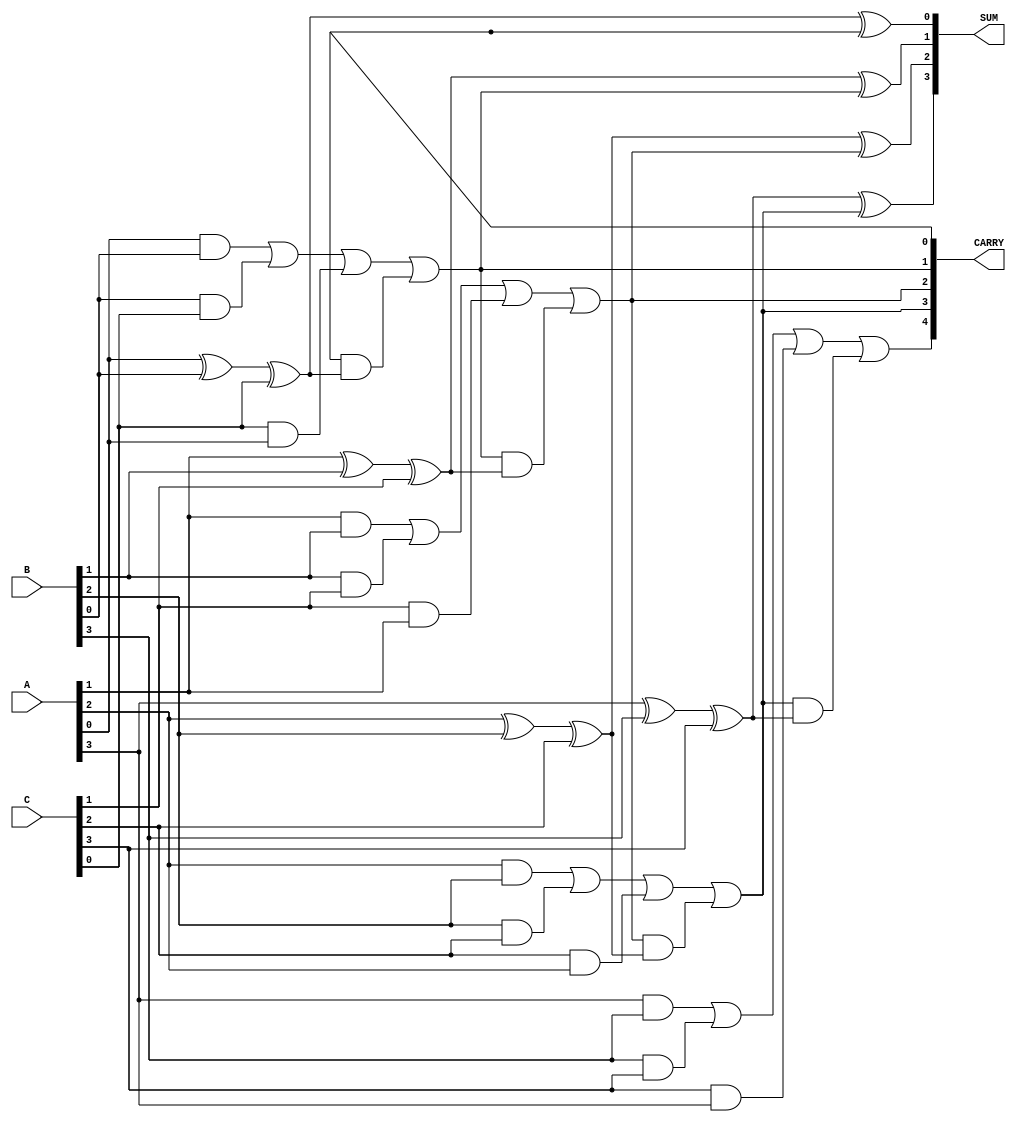
module DynamicCarrySaveAdder #(
    parameter WIDTH = 4 // Bit-width of the inputs
)(
    input [WIDTH-1:0] A, // First operand
    input [WIDTH-1:0] B, // Second operand
    input [WIDTH-1:0] C, // Third operand
    output [WIDTH-1:0] SUM, // Sum output
    output [WIDTH:0] CARRY // Carry output (WIDTH+1 bits)
);

    // Internal wires for sum and carry outputs of the full adders
    wire [WIDTH-1:0] sum_temp;
    wire [WIDTH:0] carry_temp;

    // Full adder logic for three inputs
    genvar i;
    generate
        for (i = 0; i < WIDTH; i = i + 1) begin : full_adder
            // Sum calculation: A[i] + B[i] + C[i] + carry_temp[i]
            assign sum_temp[i] = A[i] ^ B[i] ^ C[i] ^ carry_temp[i];

            // Carry calculation
            assign carry_temp[i+1] = (A[i] & B[i]) | (B[i] & C[i]) | (C[i] & A[i]) | 
                                      (carry_temp[i] & (A[i] ^ B[i] ^ C[i]));
        end
    endgenerate

    // Assign final outputs
    assign SUM = sum_temp;
    assign CARRY = carry_temp;

endmodule